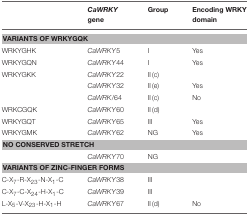
<table><thead><tr><td>[EMPTY_CELL]</td><td><b><i>CaWRKY</i> gene</b></td><td><b>Group</b></td><td><b>Encoding WRKY domain</b></td></tr></thead><tbody><tr><td colspan="4"><b>VARIANTS OF WRKYGQK</b></td></tr><tr><td>WRKYGHK</td><td><i>CaWRKY</i>5</td><td>I</td><td>Yes</td></tr><tr><td>WRKYGQN</td><td><i>CaWRKY</i>44</td><td>I</td><td>Yes</td></tr><tr><td>WRKYGKK</td><td><i>CaWRKY</i>22</td><td>II (c)</td><td>[EMPTY_CELL]</td></tr><tr><td>[EMPTY_CELL]</td><td><i>CaWRKY</i>32</td><td>II (e)</td><td>Yes</td></tr><tr><td>[EMPTY_CELL]</td><td><i>CaWRK</i>/64</td><td>II (c)</td><td>No</td></tr><tr><td>WRKCGQK</td><td><i>CaWRKY</i>60</td><td>II (d)</td><td>[EMPTY_CELL]</td></tr><tr><td>WRKYGQT</td><td><i>CaWRKY</i>65</td><td>III</td><td>Yes</td></tr><tr><td>WRKYGMK</td><td><i>CaWRKY</i>62</td><td>NG</td><td>Yes</td></tr><tr><td colspan="4"><b>NO CONSERVED STRETCH</b></td></tr><tr><td>[EMPTY_CELL]</td><td><i>CaWRKY</i>70</td><td>NG</td><td>[EMPTY_CELL]</td></tr><tr><td colspan="4"><b>VARIANTS OF ZINC-FINGER FORMS</b></td></tr><tr><td>C-X<sub>7</sub>-R-X<sub>23</sub>-N-X<sub>1</sub>-C</td><td><i>CaWRKY</i>38</td><td>III</td><td>[EMPTY_CELL]</td></tr><tr><td>C-X<sub>7</sub>-C-X<sub>24</sub>-H-X<sub>1</sub>-C</td><td><i>CaWRKY</i>39</td><td>III</td><td>[EMPTY_CELL]</td></tr><tr><td>L-X<sub>5</sub>-V-X<sub>23</sub>-H-X<sub>1</sub>-H</td><td><i>CaWRKY</i>67</td><td>II (d)</td><td>No</td></tr></tbody></table>